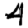
Digit: 4